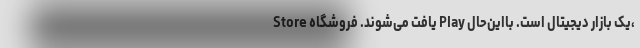
Store یافت می‌شوند. فروشگاه Play یک بازار دیجیتال است. بااین‌حال،